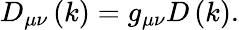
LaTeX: D_{\mu\nu}\left(k\right)=g_{\mu\nu}D\left(k\right).